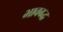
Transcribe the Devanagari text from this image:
भावबद्ध